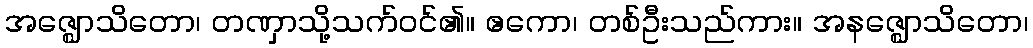
အဇ္ဈောသိတော၊ တဏှာသို့သက်ဝင်၏။ ဧကော၊ တစ်ဦးသည်ကား။ အနဇ္ဈောသိတော၊